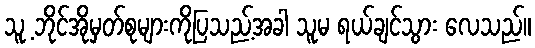
သူ့ ဘိုင်အိုမှတ်စုများကိုပြသည့်အခါ သူမ ရယ်ချင်သွား လေသည်။